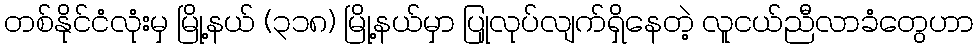
တစ်နိုင်ငံလုံးမှ မြို့နယ် (၃၁၈) မြို့နယ်မှာ ပြုုလုပ်လျက်ရှိနေတဲ့ လူငယ်ညီလာခံတွေဟာ